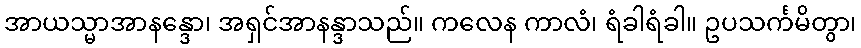
အာယသ္မာအာနန္ဒော၊ အရှင်အာနန္ဒာသည်။ ကလေန ကာလံ၊ ရံခါရံခါ။ ဥပသင်္ကမိတွာ၊